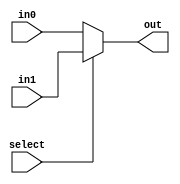
module mux_32bit(select, in0, in1, out);
	input select;
	input [31:0] in0, in1;
	output [31:0] out;
	assign out = select ? in1 : in0;
endmodule